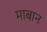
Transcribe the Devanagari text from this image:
माबान